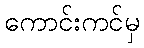
ကောင်းကင်မှ